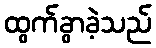
ထွက်ခွာခဲ့သည်